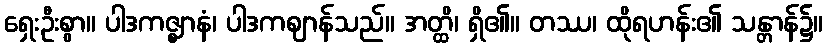
ရှေးဦးစွာ။ ပါဒကဇ္ဈာနံ၊ ပါဒကဈာန်သည်။ အတ္ထိ၊ ရှိ၏။ တဿ၊ ထိုရဟန်း၏ သန္တာန်၌။